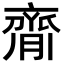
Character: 𦠃